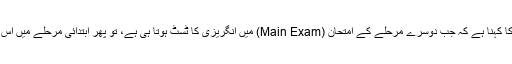
احتجاج کر رہے طلبہ کا کہنا ہے کہ جب دوسرے مرحلے کے امتحان (Main Exam) میں انگریزی کا ٹسٹ ہوتا ہی ہے، تو پھر ابتدائی مرحلے میں اس کی کیا ضرورت ہے؟